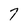
Character: 7